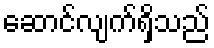
ဆောင်လျက်ရှိသည်